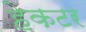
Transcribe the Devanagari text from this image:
हेकटर